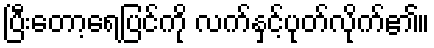
ပြီးတော့ရေပြင်ကို လက်နှင့်ပုတ်လိုက်၏။